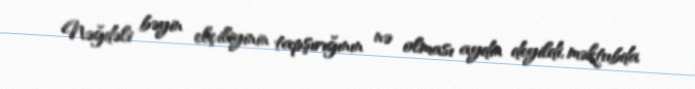
Nəğdəli bəyin elçiliyinin tapşırığının nə olması aydın deyildi, məktubda